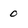
Character: 0